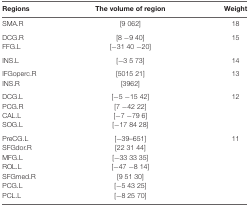
| Regions | The volume of region | Weight |
 | --- | --- | --- |
 | SMA.R | [9 062] | 18 |
 | DCG.R | [8 −9 40] | 15 |
 | FFG.L | [−31 40 −20] |  |
 | INS.L | [−3 5 73] | 14 |
 | IFGoperc.R | [5015 21] | 13 |
 | INS.R | [3962] |  |  |
 | DCG.L | [−5 −15 42] | 12 |
 | PCG.R | [7 −42 22] |  |
 | CAL.L | [−7 −79 6] |  |
 | SOG.L | [−17 84 28] |  |
 | PreCG.L | [−39–651] | 11 |
 | SFGdor.R | [22 31 44] |  |
 | MFG.L | [−33 33 35] |  |
 | ROL.L | [−47 −8 14] |  |
 | SFGmed.R | [9 51 30] |  |
 | PCG.L | [−5 43 25] |  |
 | PCL.L | [−8 25 70] |  |